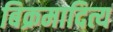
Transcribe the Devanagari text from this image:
बिक्रमादित्य